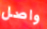
واصل